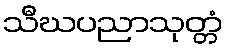
သီဃပညာသုတ္တံ